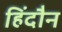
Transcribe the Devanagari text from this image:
हिंदौन